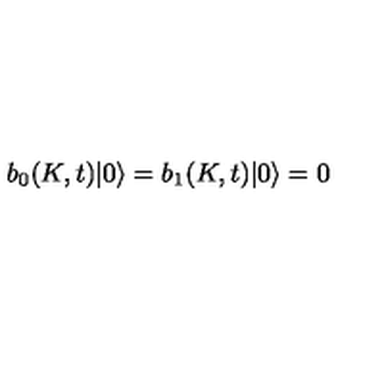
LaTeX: b _ { 0 } ( K , t ) | 0 \rangle = b _ { 1 } ( K , t ) | 0 \rangle = 0